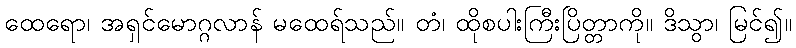
ထေရော၊ အရှင်မောဂ္ဂလာန် မထေရ်သည်။ တံ၊ ထိုစပါးကြီးပြိတ္တာကို။ ဒိသွာ၊ မြင်၍။